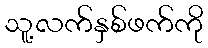
သူ့လက်နှစ်ဖက်ကို